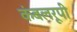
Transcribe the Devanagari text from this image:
कंबलरूपी